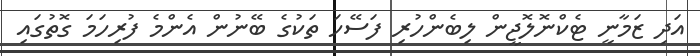
އަދި ޒަމާނީ ޓެކްނޮލޮޖީން ލިބެންހުރި ފަސޭހަ ތަކުގެ ބޭނުން އެންމެ ފުރިހަމަ ގޮތުގައި